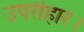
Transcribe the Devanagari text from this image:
उपरीहार।